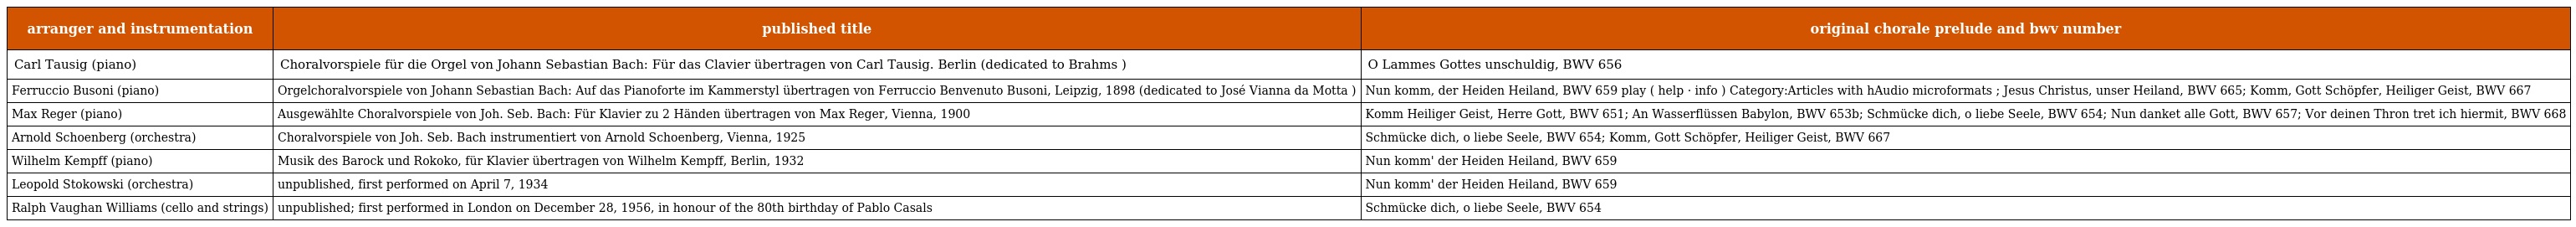
| arranger and instrumentation | published title | original chorale prelude and bwv number |
 | --- | --- | --- |
 | Carl Tausig (piano) | Choralvorspiele für die Orgel von Johann Sebastian Bach: Für das Clavier übertragen von Carl Tausig. Berlin (dedicated to Brahms ) | O Lammes Gottes unschuldig, BWV 656 |
 | Ferruccio Busoni (piano) | Orgelchoralvorspiele von Johann Sebastian Bach: Auf das Pianoforte im Kammerstyl übertragen von Ferruccio Benvenuto Busoni, Leipzig, 1898 (dedicated to José Vianna da Motta ) | Nun komm, der Heiden Heiland, BWV 659 play ( help · info ) Category:Articles with hAudio microformats ; Jesus Christus, unser Heiland, BWV 665; Komm, Gott Schöpfer, Heiliger Geist, BWV 667 |
 | Max Reger (piano) | Ausgewählte Choralvorspiele von Joh. Seb. Bach: Für Klavier zu 2 Händen übertragen von Max Reger, Vienna, 1900 | Komm Heiliger Geist, Herre Gott, BWV 651; An Wasserflüssen Babylon, BWV 653b; Schmücke dich, o liebe Seele, BWV 654; Nun danket alle Gott, BWV 657; Vor deinen Thron tret ich hiermit, BWV 668 |
 | Arnold Schoenberg (orchestra) | Choralvorspiele von Joh. Seb. Bach instrumentiert von Arnold Schoenberg, Vienna, 1925 | Schmücke dich, o liebe Seele, BWV 654; Komm, Gott Schöpfer, Heiliger Geist, BWV 667 |
 | Wilhelm Kempff (piano) | Musik des Barock und Rokoko, für Klavier übertragen von Wilhelm Kempff, Berlin, 1932 | Nun komm' der Heiden Heiland, BWV 659 |
 | Leopold Stokowski (orchestra) | unpublished, first performed on April 7, 1934 | Nun komm' der Heiden Heiland, BWV 659 |
 | Ralph Vaughan Williams (cello and strings) | unpublished; first performed in London on December 28, 1956, in honour of the 80th birthday of Pablo Casals | Schmücke dich, o liebe Seele, BWV 654 |